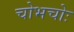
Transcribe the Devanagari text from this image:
चोभचोः